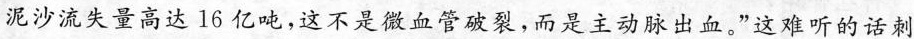
泥沙流失量高达16亿吨，这不是微血管破裂，而是主动脉出血。”这难听的话刺